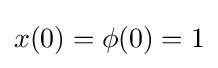
x(0)=\phi (0)=1